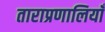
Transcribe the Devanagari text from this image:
ताराप्रणालियाँ